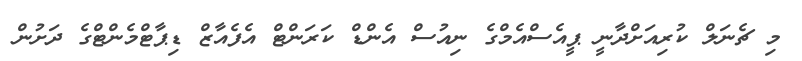
މި ޗެނަލް ކުރިއަށްދާނީ ޕީއެސްއެމްގެ ނިއުސް އެންޑް ކަރަންޓް އެފެއާޒް ޑިޕާޓްމެންޓްގެ ދަށުން